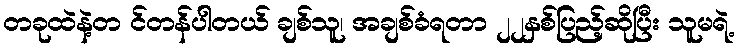
တခုထဲနဲ့တ င်တန်ပါတယ် ချစ်သူ၊ အချစ်ခံရတာ ၂၂နှစ်ပြည့်ဆိုပြီး သူမရဲ့